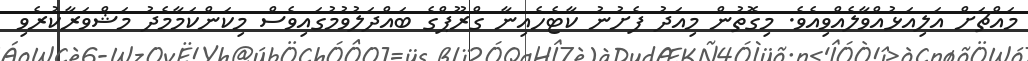
މައްޗަށް އަލިއަޅުއްވާލެއްވިއެވެ. މިގޮތުން މިއަދު ފެށުނު ކާޓެހެއިނާ ގްރޫޕްގެ ބައްދަލުވުމުގައިވެސް މިކަންކަމާމެދު މަޝްވަރާކުރެވި